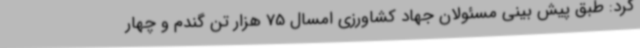
کرد: طبق پیش بینی مسئولان جهاد کشاورزی امسال 75 هزار تن گندم و چهار